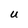
Character: U